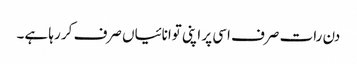
دن رات صرف اسی پر اپنی توانائیاں صرف کر رہا ہے۔